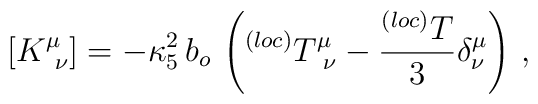
[K_{~\nu}^{\mu}]=-\kappa_{5}^{2}\,b_{o}\,\left(^{(loc)}T_{~\nu}^{\mu}-\frac{^{(loc)}T}{3}\delta_{\nu}^{\mu}\right)\,,